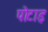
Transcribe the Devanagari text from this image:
पोटाइ